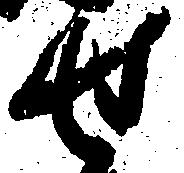
せ